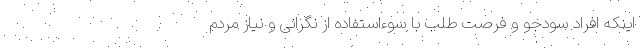
اینکه افراد سودجو و فرصت طلب با سوءاستفاده از نگرانی و نیاز مردم